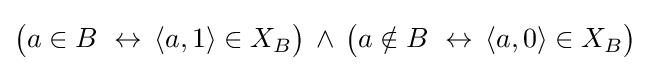
{\big (}a\in B\ \leftrightarrow \,\langle a,1\rangle \in X_{B}{\big )}\,\land \,{\big (}a\notin B\ \leftrightarrow \,\langle a,0\rangle \in X_{B}{\big )}